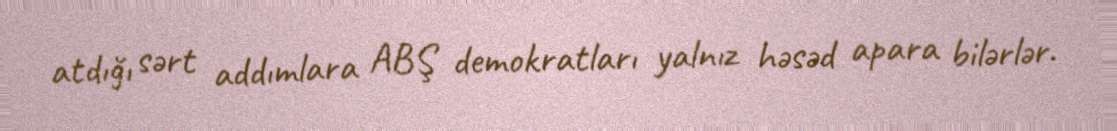
atdığı sərt addımlara ABŞ demokratları yalnız həsəd apara bilərlər.